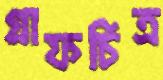
গ্রাফচিত্র